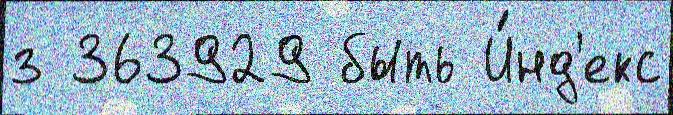
з 363929 быть И́нд'екс